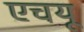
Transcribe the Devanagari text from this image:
एचयू